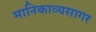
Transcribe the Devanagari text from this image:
मानिकाव्यसागर